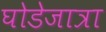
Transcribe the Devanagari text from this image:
घोडेजात्रा